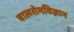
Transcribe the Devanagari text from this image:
बालरोगविज्ञान